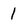
Character: 1